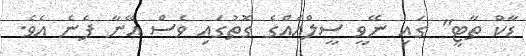
ޑާކް ތާޓީ" ގައި ނޭވީ ސީލްއެއްގެ ގޮތުގައި ވެސް އޭނާ ފެނެ އެވެ.